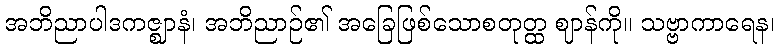
အဘိညာပါဒကဇ္ဈာနံ၊ အဘိညာဉ်၏ အခြေဖြစ်သောစတုတ္ထ ဈာန်ကို။ သဗ္ဗာကာရေန၊